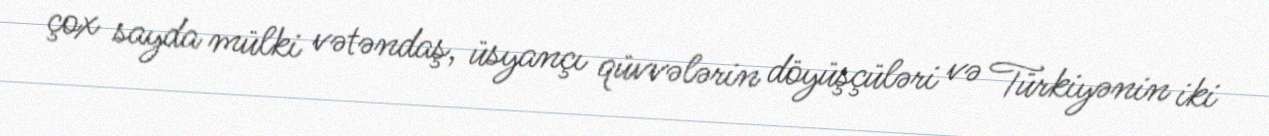
çox sayda mülki vətəndaş, üsyançı qüvvələrin döyüşçüləri və Türkiyənin iki